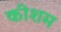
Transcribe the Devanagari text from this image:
कीशम